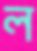
ল